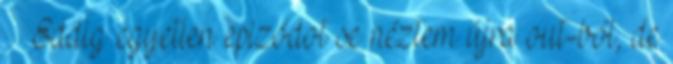
^^ Eddig egyetlen epizódot se néztem újra out-ból, de